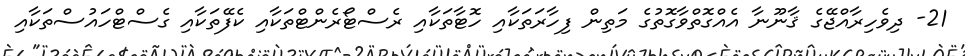
21- ދިވެހިރާއްޖޭގެ ޤާނޫނާ އެއްގޮތްވާގޮތުގެ މަތިން ފިހާރަތަކާއި ހޮޓާތަކާއި ރެސްޓޯރެންޓްތަކާއި ކެފޭތަކާއި ގެސްޓްހައުސްތަކާއި